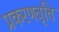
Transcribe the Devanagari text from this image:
प्रकरणवृत्ति